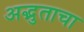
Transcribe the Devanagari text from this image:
अद्भुताचा